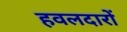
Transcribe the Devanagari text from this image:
हवलदारों